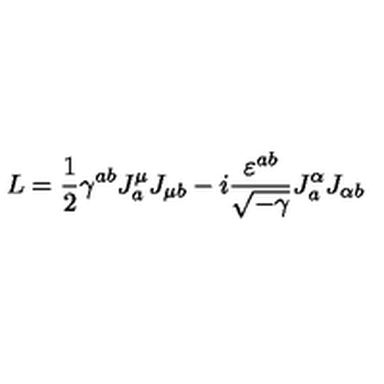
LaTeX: L = \frac { 1 } { 2 } \gamma ^ { a b } J _ { a } ^ { \mu } J _ { \mu b } - i \frac { \varepsilon ^ { a b } } { \sqrt { - \gamma } } J _ { a } ^ { \alpha } J _ { \alpha b } \nonumber